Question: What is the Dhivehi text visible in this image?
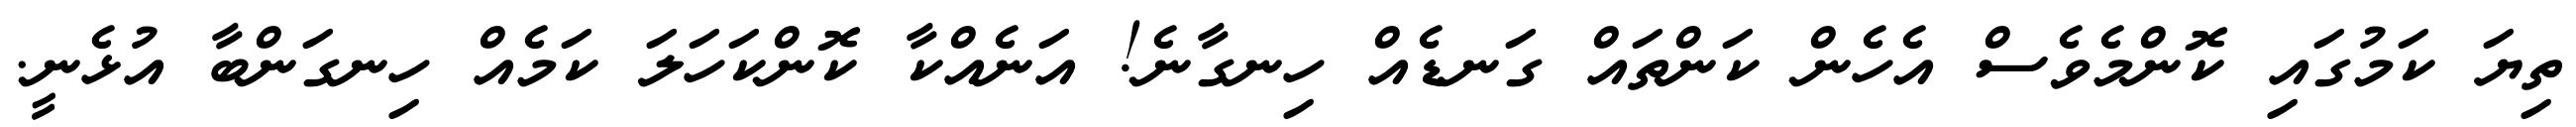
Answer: ތިޔަ ކަމުގައި ކޮންމެވެސް އެހެން ކަންތައް ގަނޑެއް ހިނގާނެ! އަނެއްކާ ކޮންކަހަލަ ކަމެއް ހިނގަންބާ އުޅެނީ.